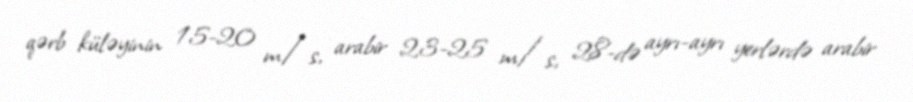
qərb küləyinin 15-20 m/s, arabir 23-25 m/s, 28-də ayrı-ayrı yerlərdə arabir